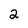
Character: 2